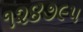
૧૨૪૭૯૫